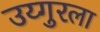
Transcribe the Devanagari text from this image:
उय्गुरला